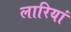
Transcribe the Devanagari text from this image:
लारियां